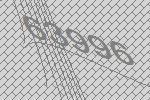
63996